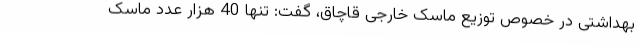
بهداشتی در خصوص توزیع ماسک خارجی قاچاق، گفت: تنها 40 هزار عدد ماسک